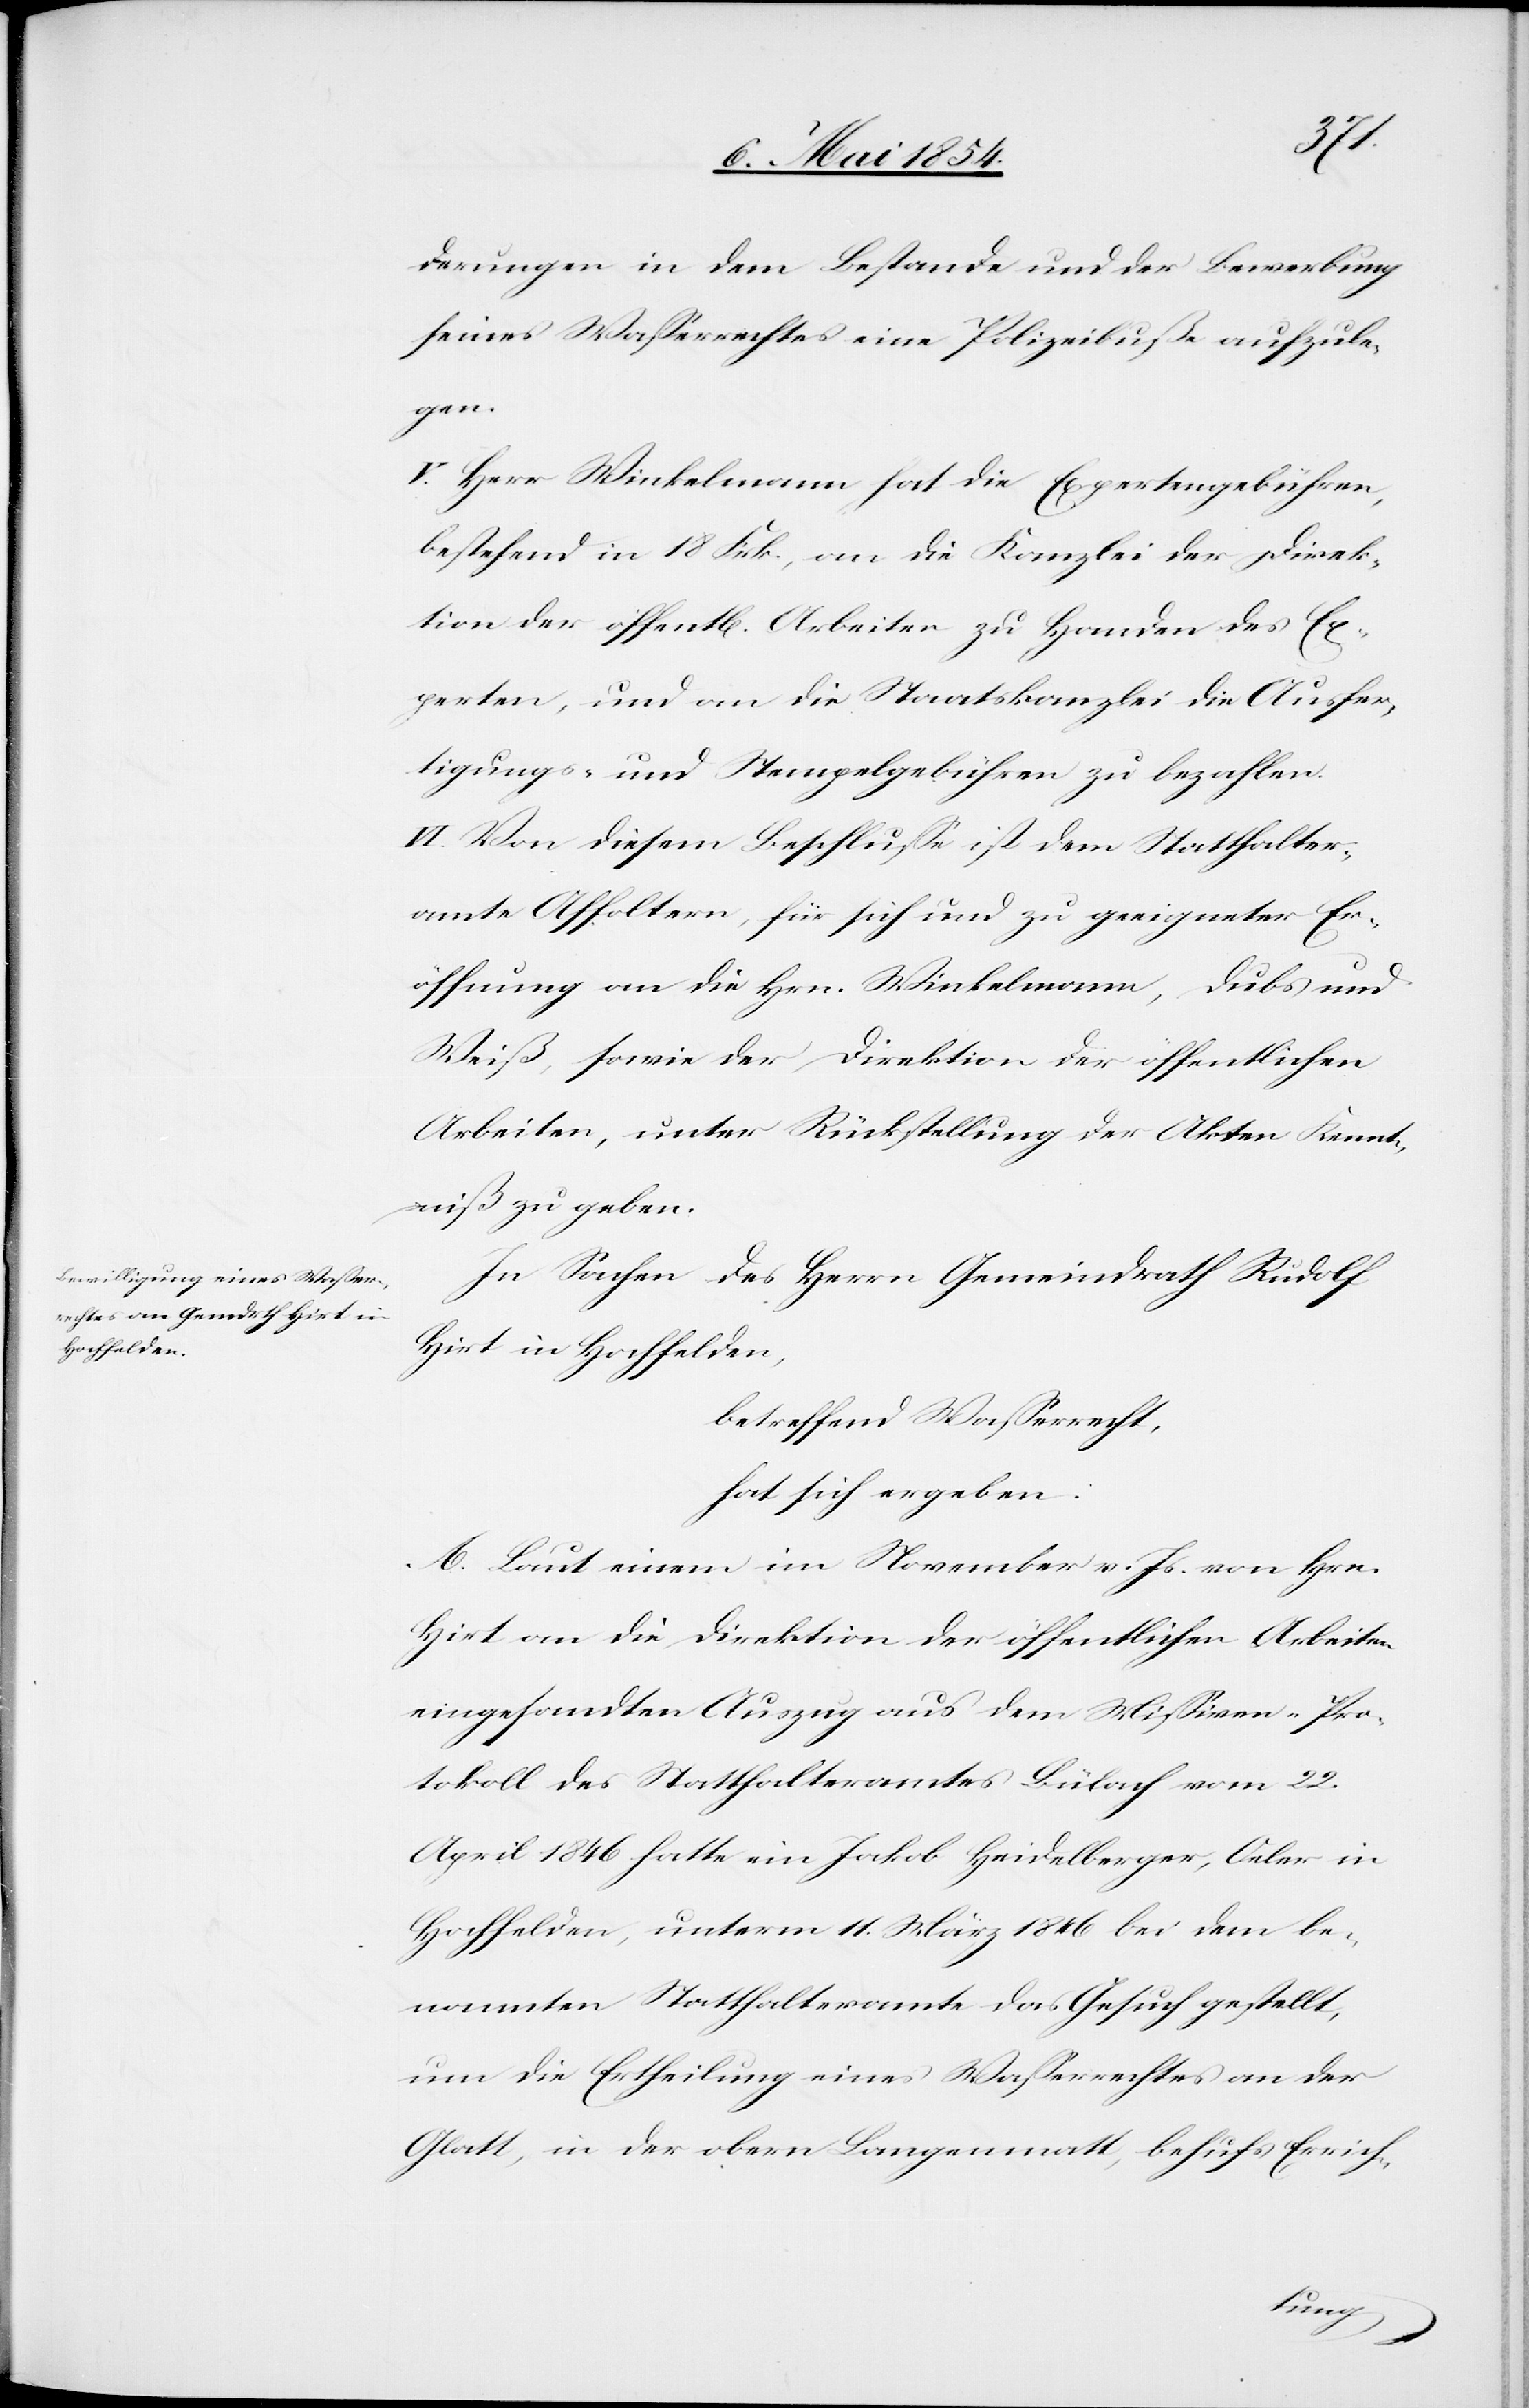
derungen in dem Bestande und der Bewerbung
seines Waßerrechtes eine Polizeibuße aufzule¬
gen.
V. Herr Winkelmann hat die Expertengebühren,
bestehend in 18 Frk., an die Kanzlei der Direk¬
tion der öffentl. Arbeiten zu Handen des Ex¬
perten, und an die Staatskanzlei die Ausfer¬
tigungs- und Stempelgebühren zu bezahlen.
VI. Von diesem Beschluße ist dem Statthalter¬
amte Affoltern, für sich und zu geeigneter Er¬
öffnung an die Hrn. Winkelmann, Dubs und
Weiß, sowie der Direktion der öffentlichen
Arbeiten, unter Rückstellung der Akten Kennt¬
niß zu geben.
In Sachen des Herrn Gemeindrath Rudolf
Hirt in Hochfelden,
betreffend Waßerrecht,
hat sich ergeben:
A. Laut einem im November v. Js. von Hrn.
Hirt an die Direktion der öffentlichen Arbeiten
eingesandten Auszug aus dem Mißiven-Pro¬
tokoll des Statthalteramtes Bülach vom 22.
April 1846 hatte ein Jakob Heidelberger, Oeler in
Hochfelden, unterm 11. März 1846 bei dem be¬
nannten Statthalteramte das Gesuch gestellt,
um die Ertheilung eines Waßerrechts an der
Glatt, in der obern Langematt, behufs Errich-